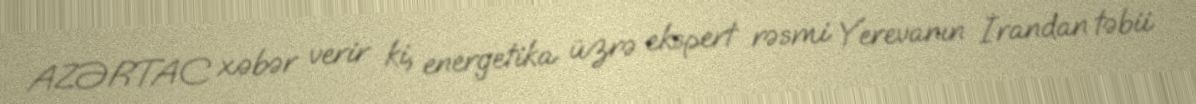
AZƏRTAC xəbər verir ki, energetika üzrə ekspert rəsmi Yerevanın İrandan təbii